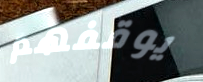
يوقفهم